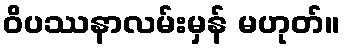
ဝိပဿနာလမ်းမှန် မဟုတ်။